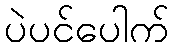
ပဲပင်ပေါက်